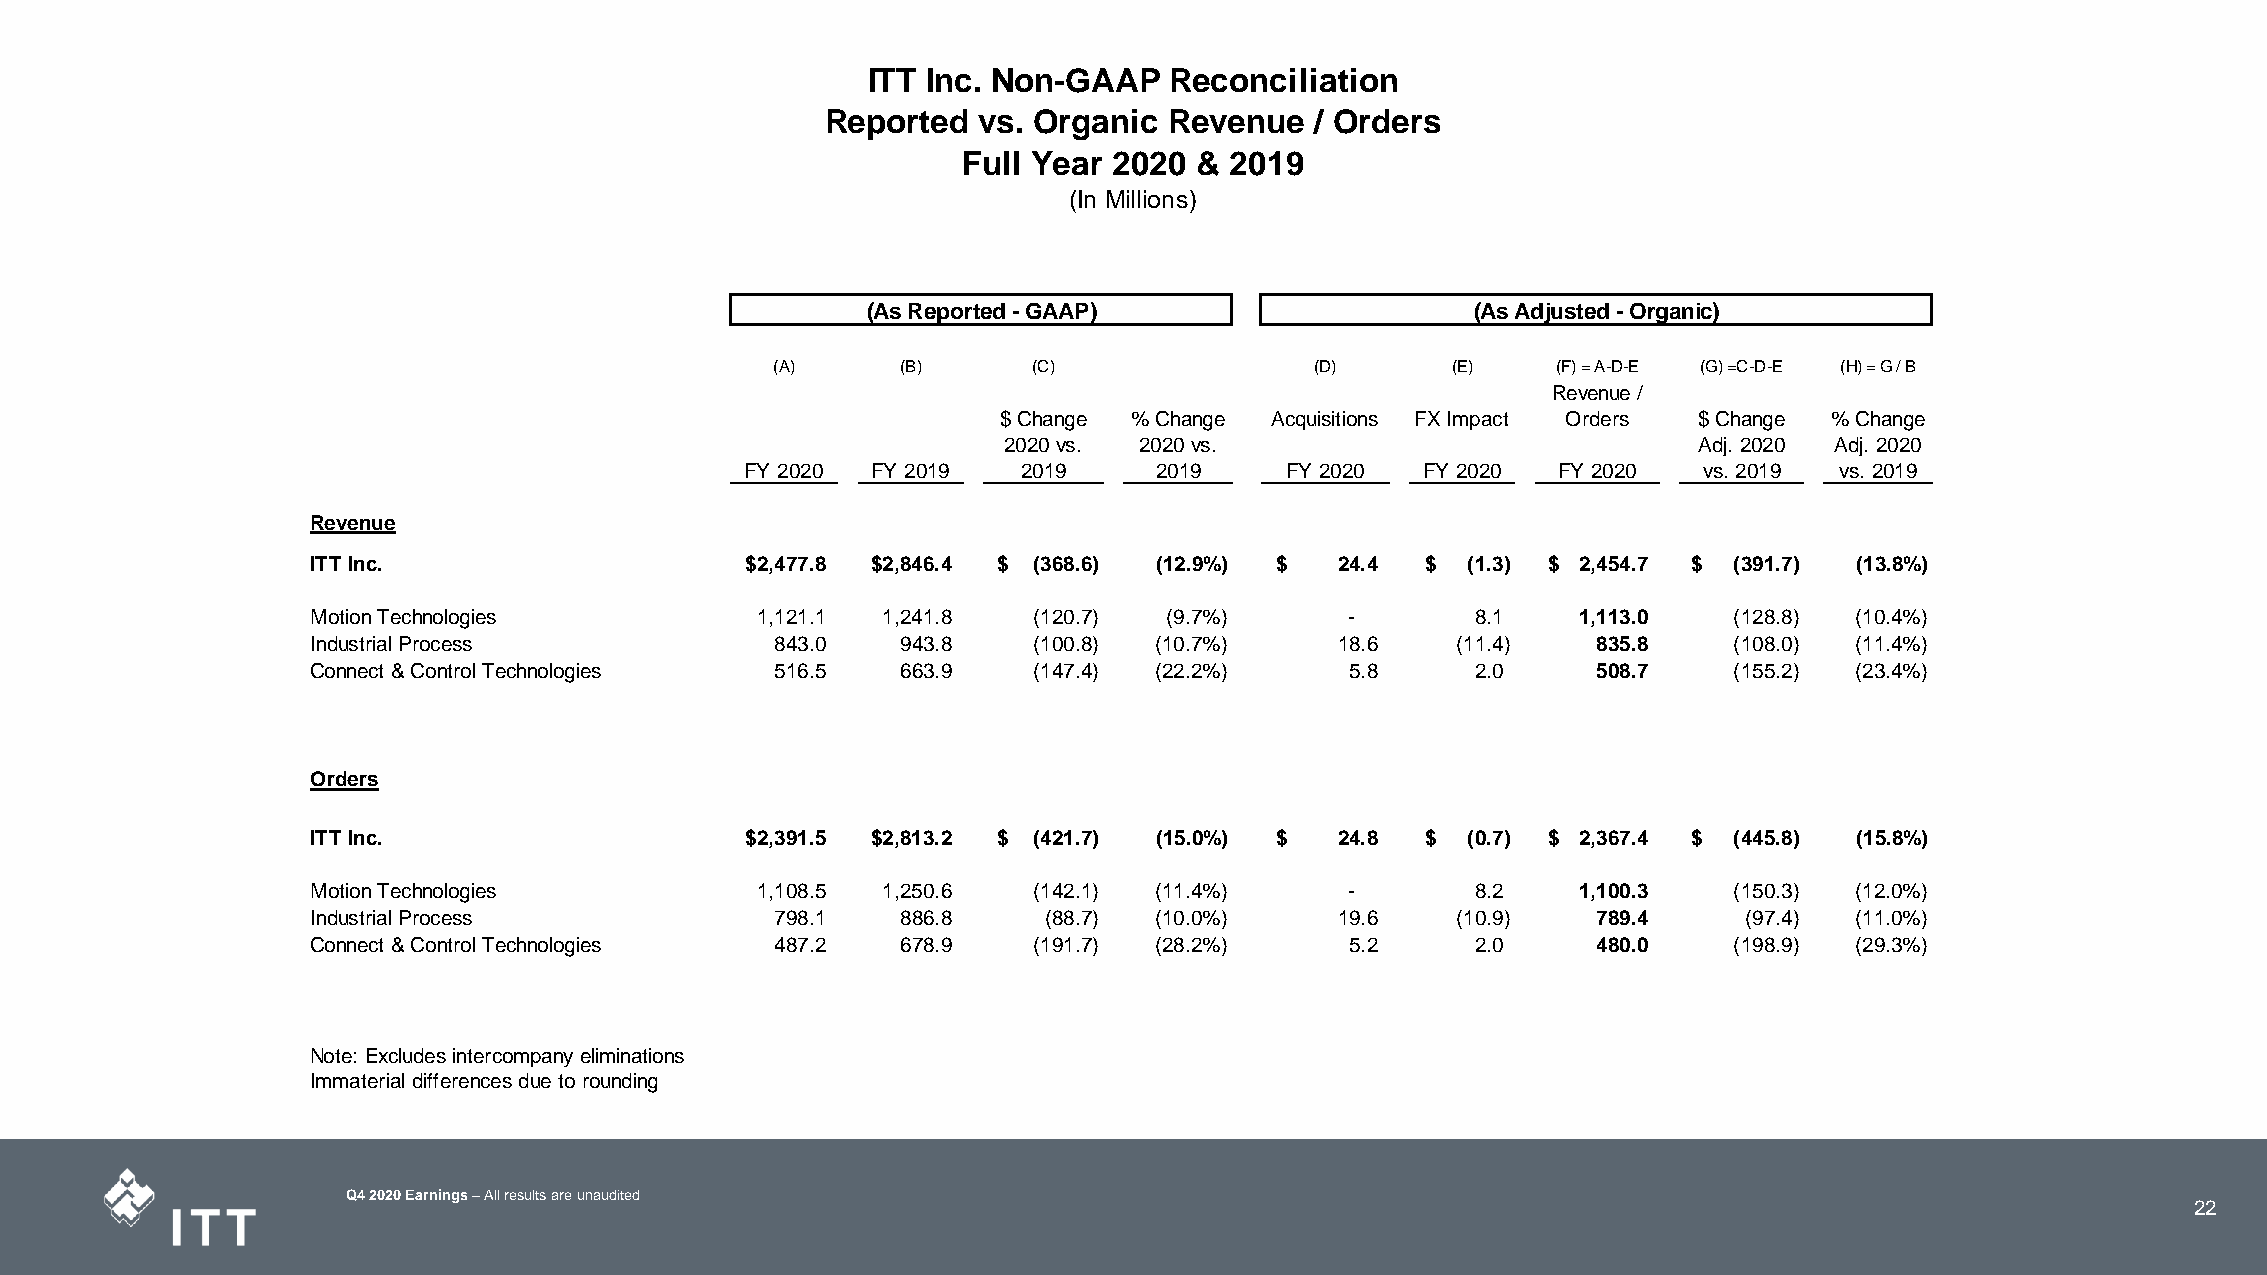
ITT Inc. Non-GAAP   Reconciliation
 Reported  vs. Organic Revenue   / Orders
 Full Year 2020 & 2019
 (In Millions)
 (As Reported - GAAP)                     (As Adjusted - Organic)
 (A)      (B)     (C)                (D)      (E)    (F) = A-D-E (G) =C-D-E (H) = G / B
 Revenue /
 $ Change % Change Acquisitions FX Impact Orders $ Change % Change
 2020 vs. 2020 vs.                             Adj. 2020 Adj. 2020
 FY 2020  FY 2019   2019     2019    FY 2020  FY 2020  FY 2020   vs. 2019 vs. 2019
 Revenue
 ITT Inc.                    $2 ,477.8 $2 ,846.4 $ ( 368.6) (12.9%) $ 2 4.4 $ ( 1.3) $ 2 ,454.7 $ ( 391.7) (13.8%)
 Motion Technologies          1 ,121.1 1 ,241.8 ( 120.7) (9.7%)      -        8 .1   1 ,113.0  ( 128.8) (10.4%)
 Industrial Process            8 43.0   9 43.8  ( 100.8) (10.7%)     1 8.6  ( 11.4)   8 35.8   ( 108.0) (11.4%)
 Connect & Control Technologies 5 16.5  6 63.9  ( 147.4) (22.2%)     5 .8     2 .0    5 08.7   ( 155.2) (23.4%)
 Orders
 ITT Inc.                    $2 ,391.5 $2 ,813.2 $ ( 421.7) (15.0%) $ 2 4.8 $ ( 0.7) $ 2 ,367.4 $ ( 445.8) (15.8%)
 Motion Technologies          1 ,108.5 1 ,250.6 ( 142.1) (11.4%)     -        8 .2   1 ,100.3  ( 150.3) (12.0%)
 Industrial Process            7 98.1   8 86.8   ( 88.7) (10.0%)     1 9.6  ( 10.9)   7 89.4    ( 97.4) (11.0%)
 Connect & Control Technologies 4 87.2  6 78.9  ( 191.7) (28.2%)     5 .2     2 .0    4 80.0   ( 198.9) (29.3%)
 Note: Excludes intercompany eliminations
 Immaterial differences due to rounding
 Q4 2020 Earnings –All results are unaudited
 22
 22